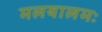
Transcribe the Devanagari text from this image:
मलयालमः